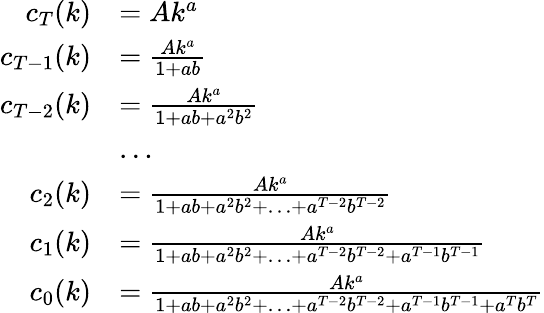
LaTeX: {\begin{array}{rl}{c_{T}(k)}&{=Ak^{a}}\\ {c_{T-1}(k)}&{={\frac{Ak^{a}}{1+ab}}}\\ {c_{T-2}(k)}&{={\frac{Ak^{a}}{1+ab+a^{2}b^{2}}}}\\ &{\dots}\\ {c_{2}(k)}&{={\frac{Ak^{a}}{1+ab+a^{2}b^{2}+\ldots+a^{T-2}b^{T-2}}}}\\ {c_{1}(k)}&{={\frac{Ak^{a}}{1+ab+a^{2}b^{2}+\ldots+a^{T-2}b^{T-2}+a^{T-1}b^{T-1}}}}\\ {c_{0}(k)}&{={\frac{Ak^{a}}{1+ab+a^{2}b^{2}+\ldots+a^{T-2}b^{T-2}+a^{T-1}b^{T-1}+a^{T}b^{T}}}}\end{array}}